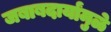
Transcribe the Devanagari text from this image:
जबाबदार्यांमुळे